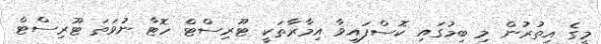
މީގެ އިތުރުން މި ބިމުގައި ކޮސްފައިވާ އިމާރާތަކީ ޓޫރިސްޓް ހޮޓާ ނުވަތަ ޓޫރިސްޓް